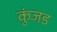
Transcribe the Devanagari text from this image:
कुंजड